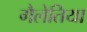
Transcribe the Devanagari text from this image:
गैलेतिया